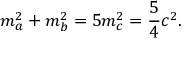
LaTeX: m _ { a } ^ { 2 } + m _ { b } ^ { 2 } = 5 m _ { c } ^ { 2 } = { \frac { 5 } { 4 } } c ^ { 2 } .